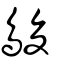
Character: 鵔